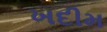
ખદીમ